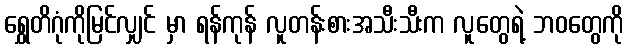
ရွှေတိဂုံကိုမြင်လျှင် မှာ ရန်ကုန် လူတန်းစားအသီးသီးက လူတွေရဲ့ ဘဝတွေကို